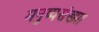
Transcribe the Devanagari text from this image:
मनुष्यसंख्या